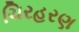
ચિરહરણ